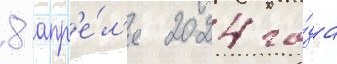
8 апр'е́л'я 2024 го́да